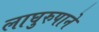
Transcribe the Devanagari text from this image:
लाघुरुपाने